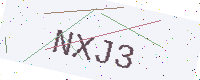
Text: NXJ3